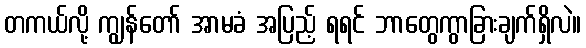
တကယ်လို့ ကျွန်တော် အာမခံ အပြည့် ရရင် ဘာတွေကွာခြားချက်ရှိလဲ။